Vaccination Hyderabad 1872-1889 - 1872-1889
Year: 1872
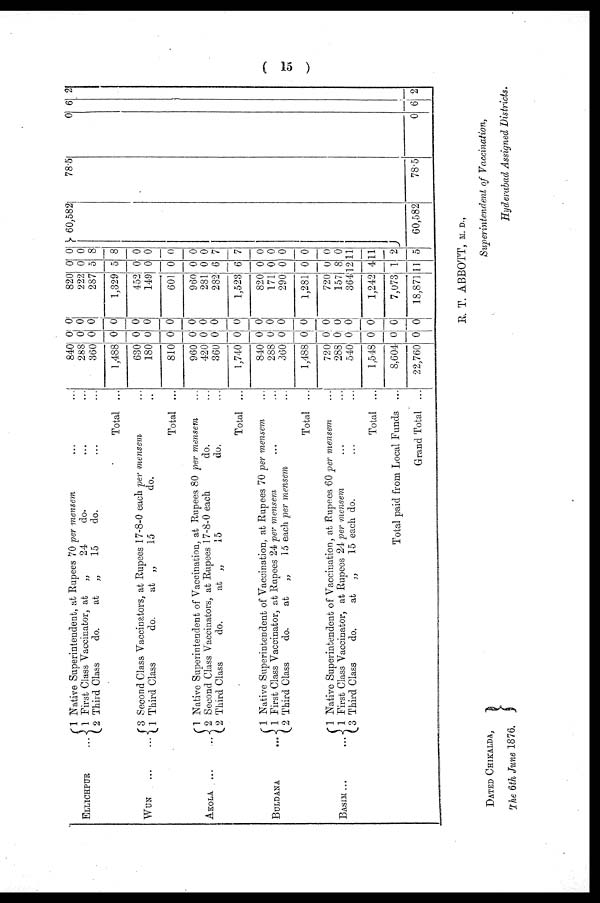
( 15 )
ELLICHPUR
...
1 Native Superintendent, at Rupees 70 per mensem ... ...
1 First Class Vaccinator, at „
24
do. ... ...
2 Third Class
do.
at „
15
do. ... ...
Total ...
WUN
...
...
3 Second Class Vaccinators, at Rupees 17-8-0 each per mensem ...
1 Third Class
do.
at „
15
do. ...
Total ...
AKOLA
...
...
1 Native Superintendent of Vaccination, at Rupees 80 per mensem ...
2 Second Class Vaccinators at Rupees 17-8-0 each
do. ...
2 Third Class
do.
at „
15
do. ...
Total ...
BULDANA
...
BASIM...
...
1 Native Superintendent of Vaccination, at Rupees 70 per mensem ...
1 First Class Vaccinator, at Rupees 24 per mensem ... ...
2 Third Class
do.
at
„
15 each per mensem ...
Total ...
1 Native Superintendent of Vaccination, at Rupees 60 per mensem ...
1 First Class Vaccinator, at Rupees 24 per mensem ... ...
3 Third Class
do.
at „
15 each do. ... ...
Total ...
Total paid from Local Funds ...
Grand Total ...
840
288
360
1,488
630
180
810
960
420
360
1,740
840
288
360
1,488
720
288
540
1,548
8,604
22,760
0
0
0
0
0
0
0
0
0
0
0
0
0
0
0
0
0
0
0
0
0
0
0
0
0
0
0
0
0
0
0
0
0
0
0
0
0
0
0
0
0
0
820
222
287
1,329
452
149
601
960
281
282
1,523
820
171
290
1,281
720
157
364
1,242
7,073
18,871
0
0
5
5
0
0
0
0
0
6
6
0
0
0
0
0
8
12
4
1
11
0
0
8
8
0
0
0
0
0
7
7
0
0
0
0
0
0
11
11
2
5
60,582
60,582
78.5
78.5
0
0
6
6
2
2
R. T. ABBOTT, M. D.,
Superintendent of Vaccination,
Hyderabad Assigned Districts.
DATED CHIKALDA,
The 6th June 1876.